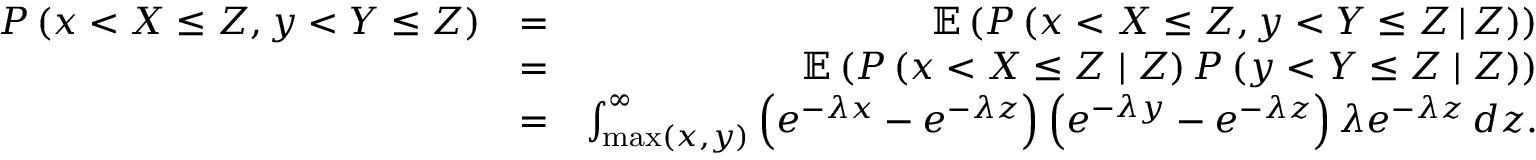
\begin{array} { r l r } { P \left( x < X \leq Z , y < Y \leq Z \right) } & { = } & { \mathbb { E } \left( P \left( x < X \leq Z , y < Y \leq Z \, | \, Z \right) \right) } \\ & { = } & { \mathbb { E } \left( P \left( x < X \leq Z \mid Z \right) P \left( y < Y \leq Z \mid Z \right) \right) } \\ & { = } & { \int _ { \operatorname* { m a x } \left( x , y \right) } ^ { \infty } \left( e ^ { - \lambda x } - e ^ { - \lambda z } \right) \left( e ^ { - \lambda y } - e ^ { - \lambda z } \right) \lambda e ^ { - \lambda z } \, d z . } \end{array}